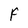
Character: F